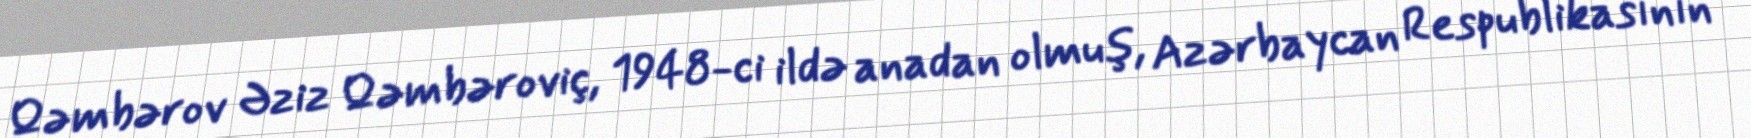
Qəmbərov Əziz Qəmbəroviç, 1948-ci ildə anadan olmuş, Azərbaycan Respublikasının